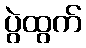
ပွဲထွက်